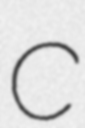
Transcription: C